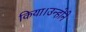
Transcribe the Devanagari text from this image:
किया।उन्होने